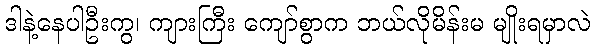
ဒါနဲ့နေပါဦးကွ၊ ကျားကြီး ကျော်စွာက ဘယ်လိုမိန်းမ မျိုးရမှာလဲ